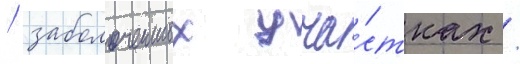
/ заболоченных уча́стках /